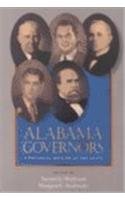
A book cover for Alabama Governors: A Political History of the State; Health, Fitness & Dieting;